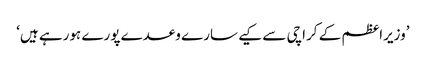
’وزیراعظم کے کراچی سے کیے سارے وعدے پورے ہورہے ہیں‘